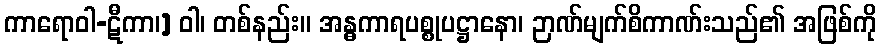
ကာရောဝါ-ဋီကာ၊] ဝါ၊ တစ်နည်း။ အန္ဓကာရပစ္စုပဋ္ဌာနော၊ ဉာဏ်မျက်စိကာဏ်းသည်၏ အဖြစ်ကို